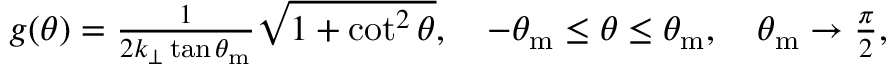
\begin{array} { r } { g ( \theta ) = \frac { 1 } { 2 k _ { \perp } \tan \theta _ { \mathrm { m } } } \sqrt { 1 + \cot ^ { 2 } \theta } , ~ ~ ~ - \theta _ { \mathrm { m } } \leq \theta \leq \theta _ { \mathrm { m } } , ~ ~ ~ \theta _ { \mathrm { m } } \to \frac { \pi } { 2 } , } \end{array}